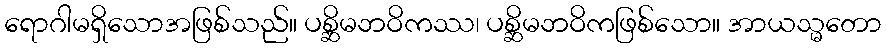
ရောဂါမရှိသောအဖြစ်သည်။ ပစ္ဆိမဘဝိကဿ၊ ပစ္ဆိမဘဝိကဖြစ်သော။ အာယသ္မတော